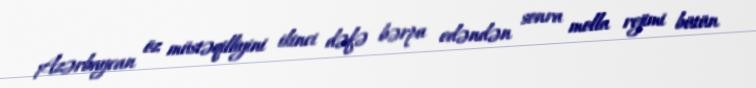
Azərbaycan öz müstəqilliyini ikinci dəfə bərpa edəndən sonra molla rejimi bütün